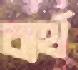
ব্যর্থ